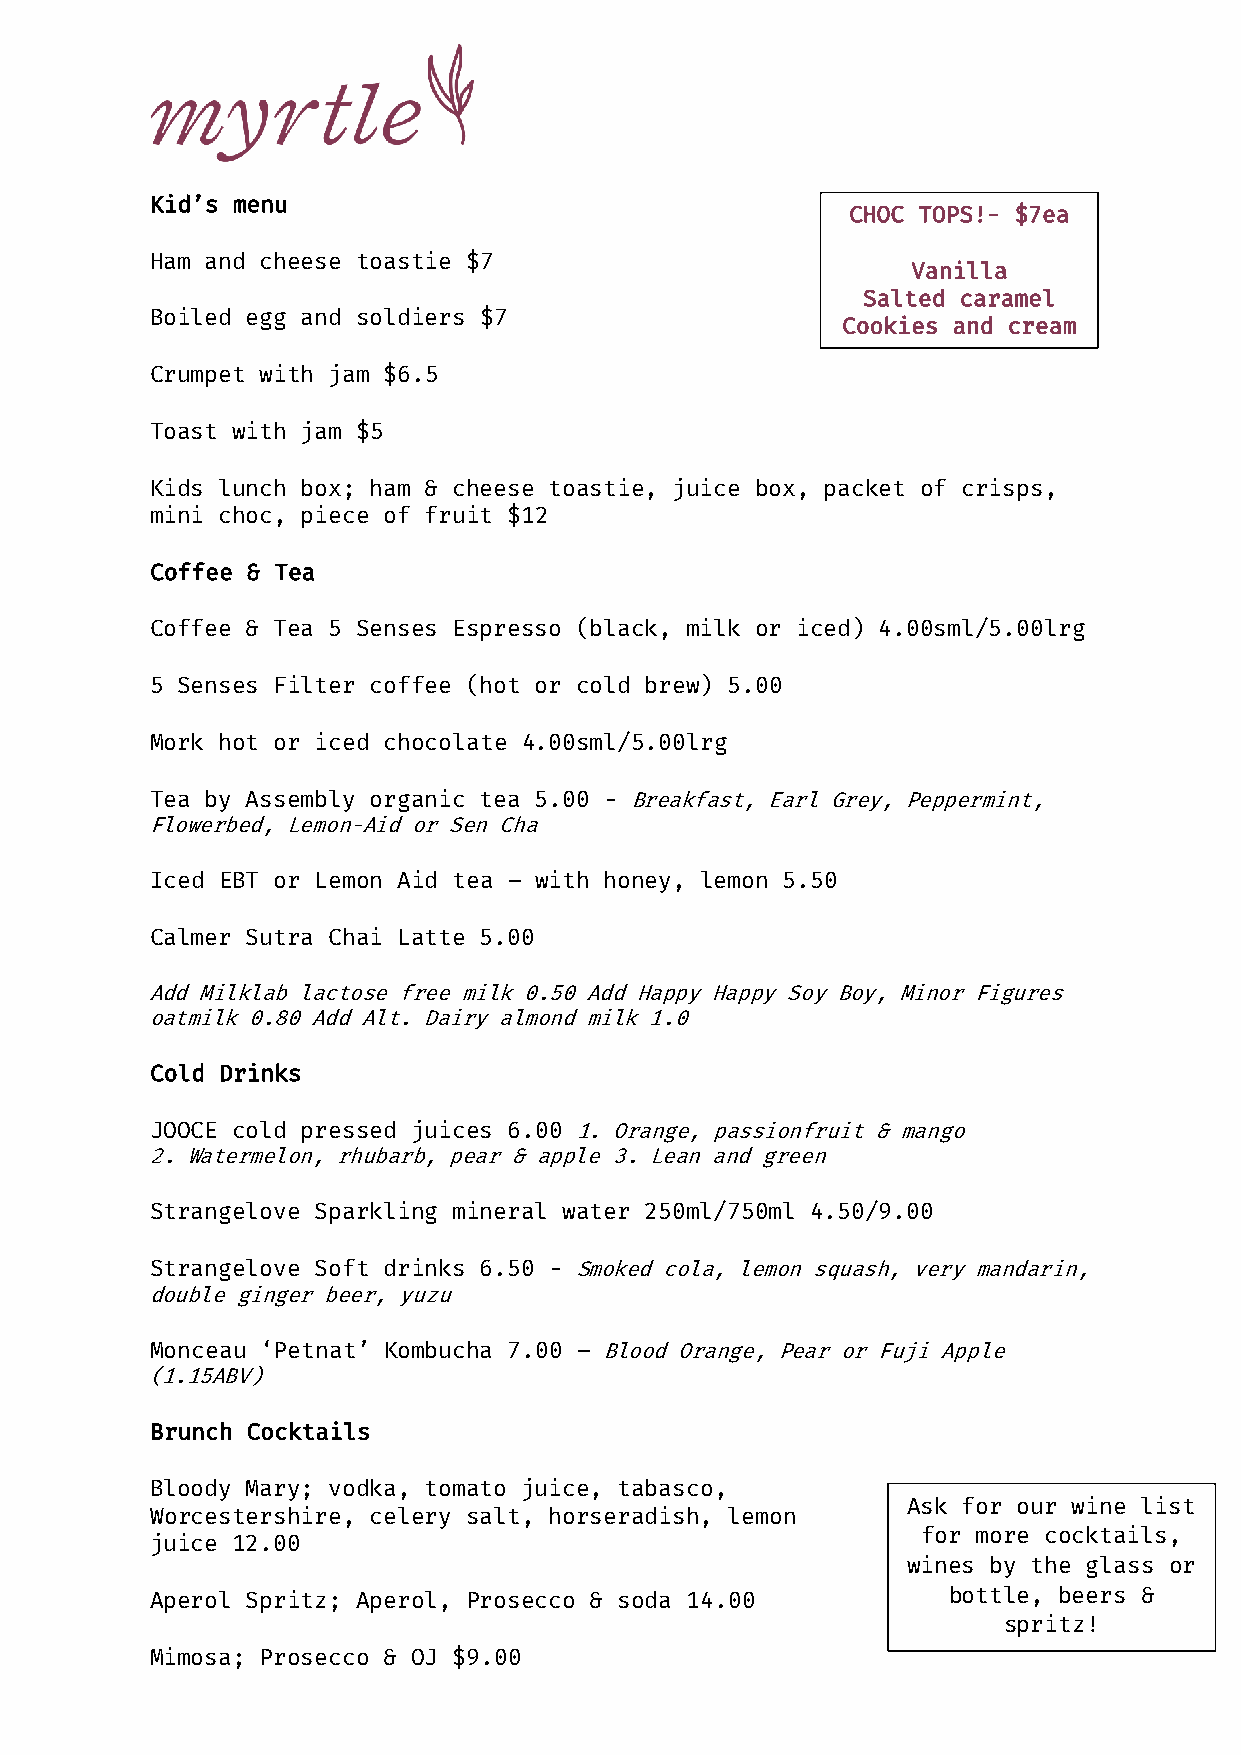
Kid’s menu
 CHOC TOPS!- $7ea
 Ham and cheese toastie $7
 Vanilla
 Salted caramel
 Boiled egg and soldiers $7
 Cookies and cream
 Crumpet with jam $6.5
 Toast with jam $5
 Kids lunch box; ham & cheese toastie, juice box, packet of crisps,
 mini choc, piece of fruit $12
 Coffee & Tea
 Coffee & Tea 5 Senses Espresso (black, milk or iced) 4.00sml/5.00lrg
 5 Senses Filter coffee (hot or cold brew) 5.00
 Mork hot or iced chocolate 4.00sml/5.00lrg
 Tea by Assembly organic tea 5.00 - Breakfast, Earl Grey, Peppermint,
 Flowerbed, Lemon-Aid or Sen Cha
 Iced EBT or Lemon Aid tea – with honey, lemon 5.50
 Calmer Sutra Chai Latte 5.00
 Add Milklab lactose free milk 0.50 Add Happy Happy Soy Boy, Minor Figures
 oatmilk 0.80 Add Alt. Dairy almond milk 1.0
 Cold Drinks
 JOOCE cold pressed juices 6.00 1. Orange, passionfruit & mango
 2. Watermelon, rhubarb, pear & apple 3. Lean and green
 Strangelove Sparkling mineral water 250ml/750ml 4.50/9.00
 Strangelove Soft drinks 6.50 - Smoked cola, lemon squash, very mandarin,
 double ginger beer, yuzu
 Monceau ‘Petnat’ Kombucha 7.00 – Blood Orange, Pear or Fuji Apple
 (1.15ABV)
 Brunch Cocktails
 Bloody Mary; vodka, tomato juice, tabasco,
 Ask for our wine list
 Worcestershire, celery salt, horseradish, lemon
 for more cocktails,
 juice 12.00
 wines by the glass or
 Aperol Spritz; Aperol, Prosecco & soda 14.00         bottle, beers &
 spritz!
 Mimosa; Prosecco & OJ $9.00